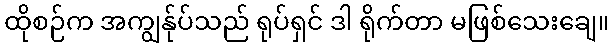
ထိုစဉ်က အကျွန်ုပ်သည် ရုပ်ရှင် ဒါ ရိုက်တာ မဖြစ်သေးချေ။